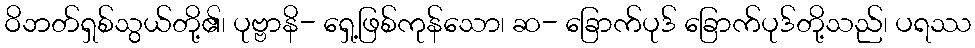
ဝိဘတ်ရှစ်သွယ်တို့၏၊ ပုဗ္ဗာနိ- ရှေ့ဖြစ်ကုန်သော၊ ဆ- ခြောက်ပုဒ် ခြောက်ပုဒ်တို့သည်၊ ပရဿ